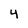
Character: 4